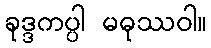
ခုဒ္ဒကပ္ပါ မဓုဿဝါ။